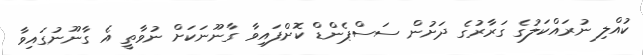
ކުއްލި ނުރައްކަލުގެ ގަރާރުގެ ދަށުން ސަސްޕެންޑް ކޮށްފައިވާ ގާނޫނަކަށް ނުވާތީ އެ ގާނޫނުގައިވާ